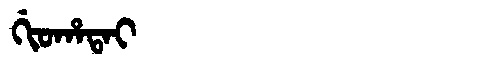
Manchu: ᡤᡳᠣᡥᠠᡨᠠᡳ
Romanization: GIOHATAI